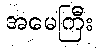
အမေကြီး